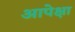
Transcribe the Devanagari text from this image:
आपेक्षा